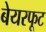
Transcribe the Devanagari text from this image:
बेयरफूट